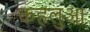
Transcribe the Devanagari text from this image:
कहलुआ